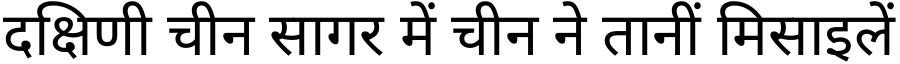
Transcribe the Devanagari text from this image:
दक्षिणी चीन सागर में चीन ने तानीं मिसाइलें